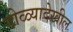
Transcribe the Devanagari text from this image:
गोळ्यादेखील